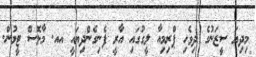
މިދިޔަ ސީޒަނުގެ ދިވެހި ޕްރިމިއާ ލީގުގައި އާރީ ފެނިގެންދިޔައީ އއ. މާޅޮސް ޓީމުން.